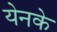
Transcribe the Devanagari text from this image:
येनके